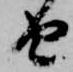
由